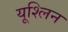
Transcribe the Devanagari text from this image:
यूश्लिन